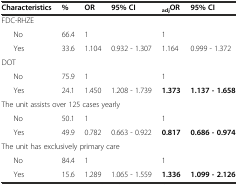
<table><thead><tr><td><b>Characteristics</b></td><td><b>%</b></td><td><b>OR</b></td><td><b>95%CI</b></td><td><b><sub>adj</sub>OR</b></td><td><b>95%CI</b></td></tr></thead><tbody><tr><td>FDC-RHZE</td><td></td><td></td><td></td><td></td><td></td></tr><tr><td>No</td><td>66.4</td><td>1</td><td></td><td>1</td><td></td></tr><tr><td>Yes</td><td>33.6</td><td>1.104</td><td>0.932 - 1.307</td><td>1.164</td><td>0.999 - 1.372</td></tr><tr><td>DOT</td><td></td><td></td><td></td><td></td><td></td></tr><tr><td>No</td><td>75.9</td><td>1</td><td></td><td>1</td><td></td></tr><tr><td>Yes</td><td>24.1</td><td>1.450</td><td>1.208 - 1.739</td><td><b>1.373</b></td><td><b>1.137 - 1.658</b></td></tr><tr><td colspan="4">The unit assists over 125 cases yearly</td><td></td><td></td></tr><tr><td>No</td><td>50.1</td><td>1</td><td></td><td>1</td><td></td></tr><tr><td>Yes</td><td>49.9</td><td>0.782</td><td>0.663 - 0.922</td><td><b>0.817</b></td><td><b>0.686 - 0.974</b></td></tr><tr><td colspan="4">The unit has exclusively primary care</td><td></td><td></td></tr><tr><td>No</td><td>84.4</td><td>1</td><td></td><td>1</td><td></td></tr><tr><td>Yes</td><td>15.6</td><td>1.289</td><td>1.065 - 1.559</td><td><b>1.336</b></td><td><b>1.099 - 2.126</b></td></tr></tbody></table>